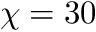
\chi = 3 0